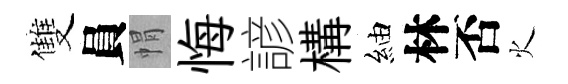
雙員㡌悔諺構紬林否火